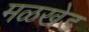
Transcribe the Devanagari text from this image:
मळखेड